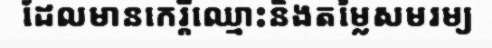
ដែលមានកេរ្តិ៍ឈ្មោះនិងតម្លៃសមរម្យ